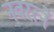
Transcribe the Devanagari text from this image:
नवरत्नें